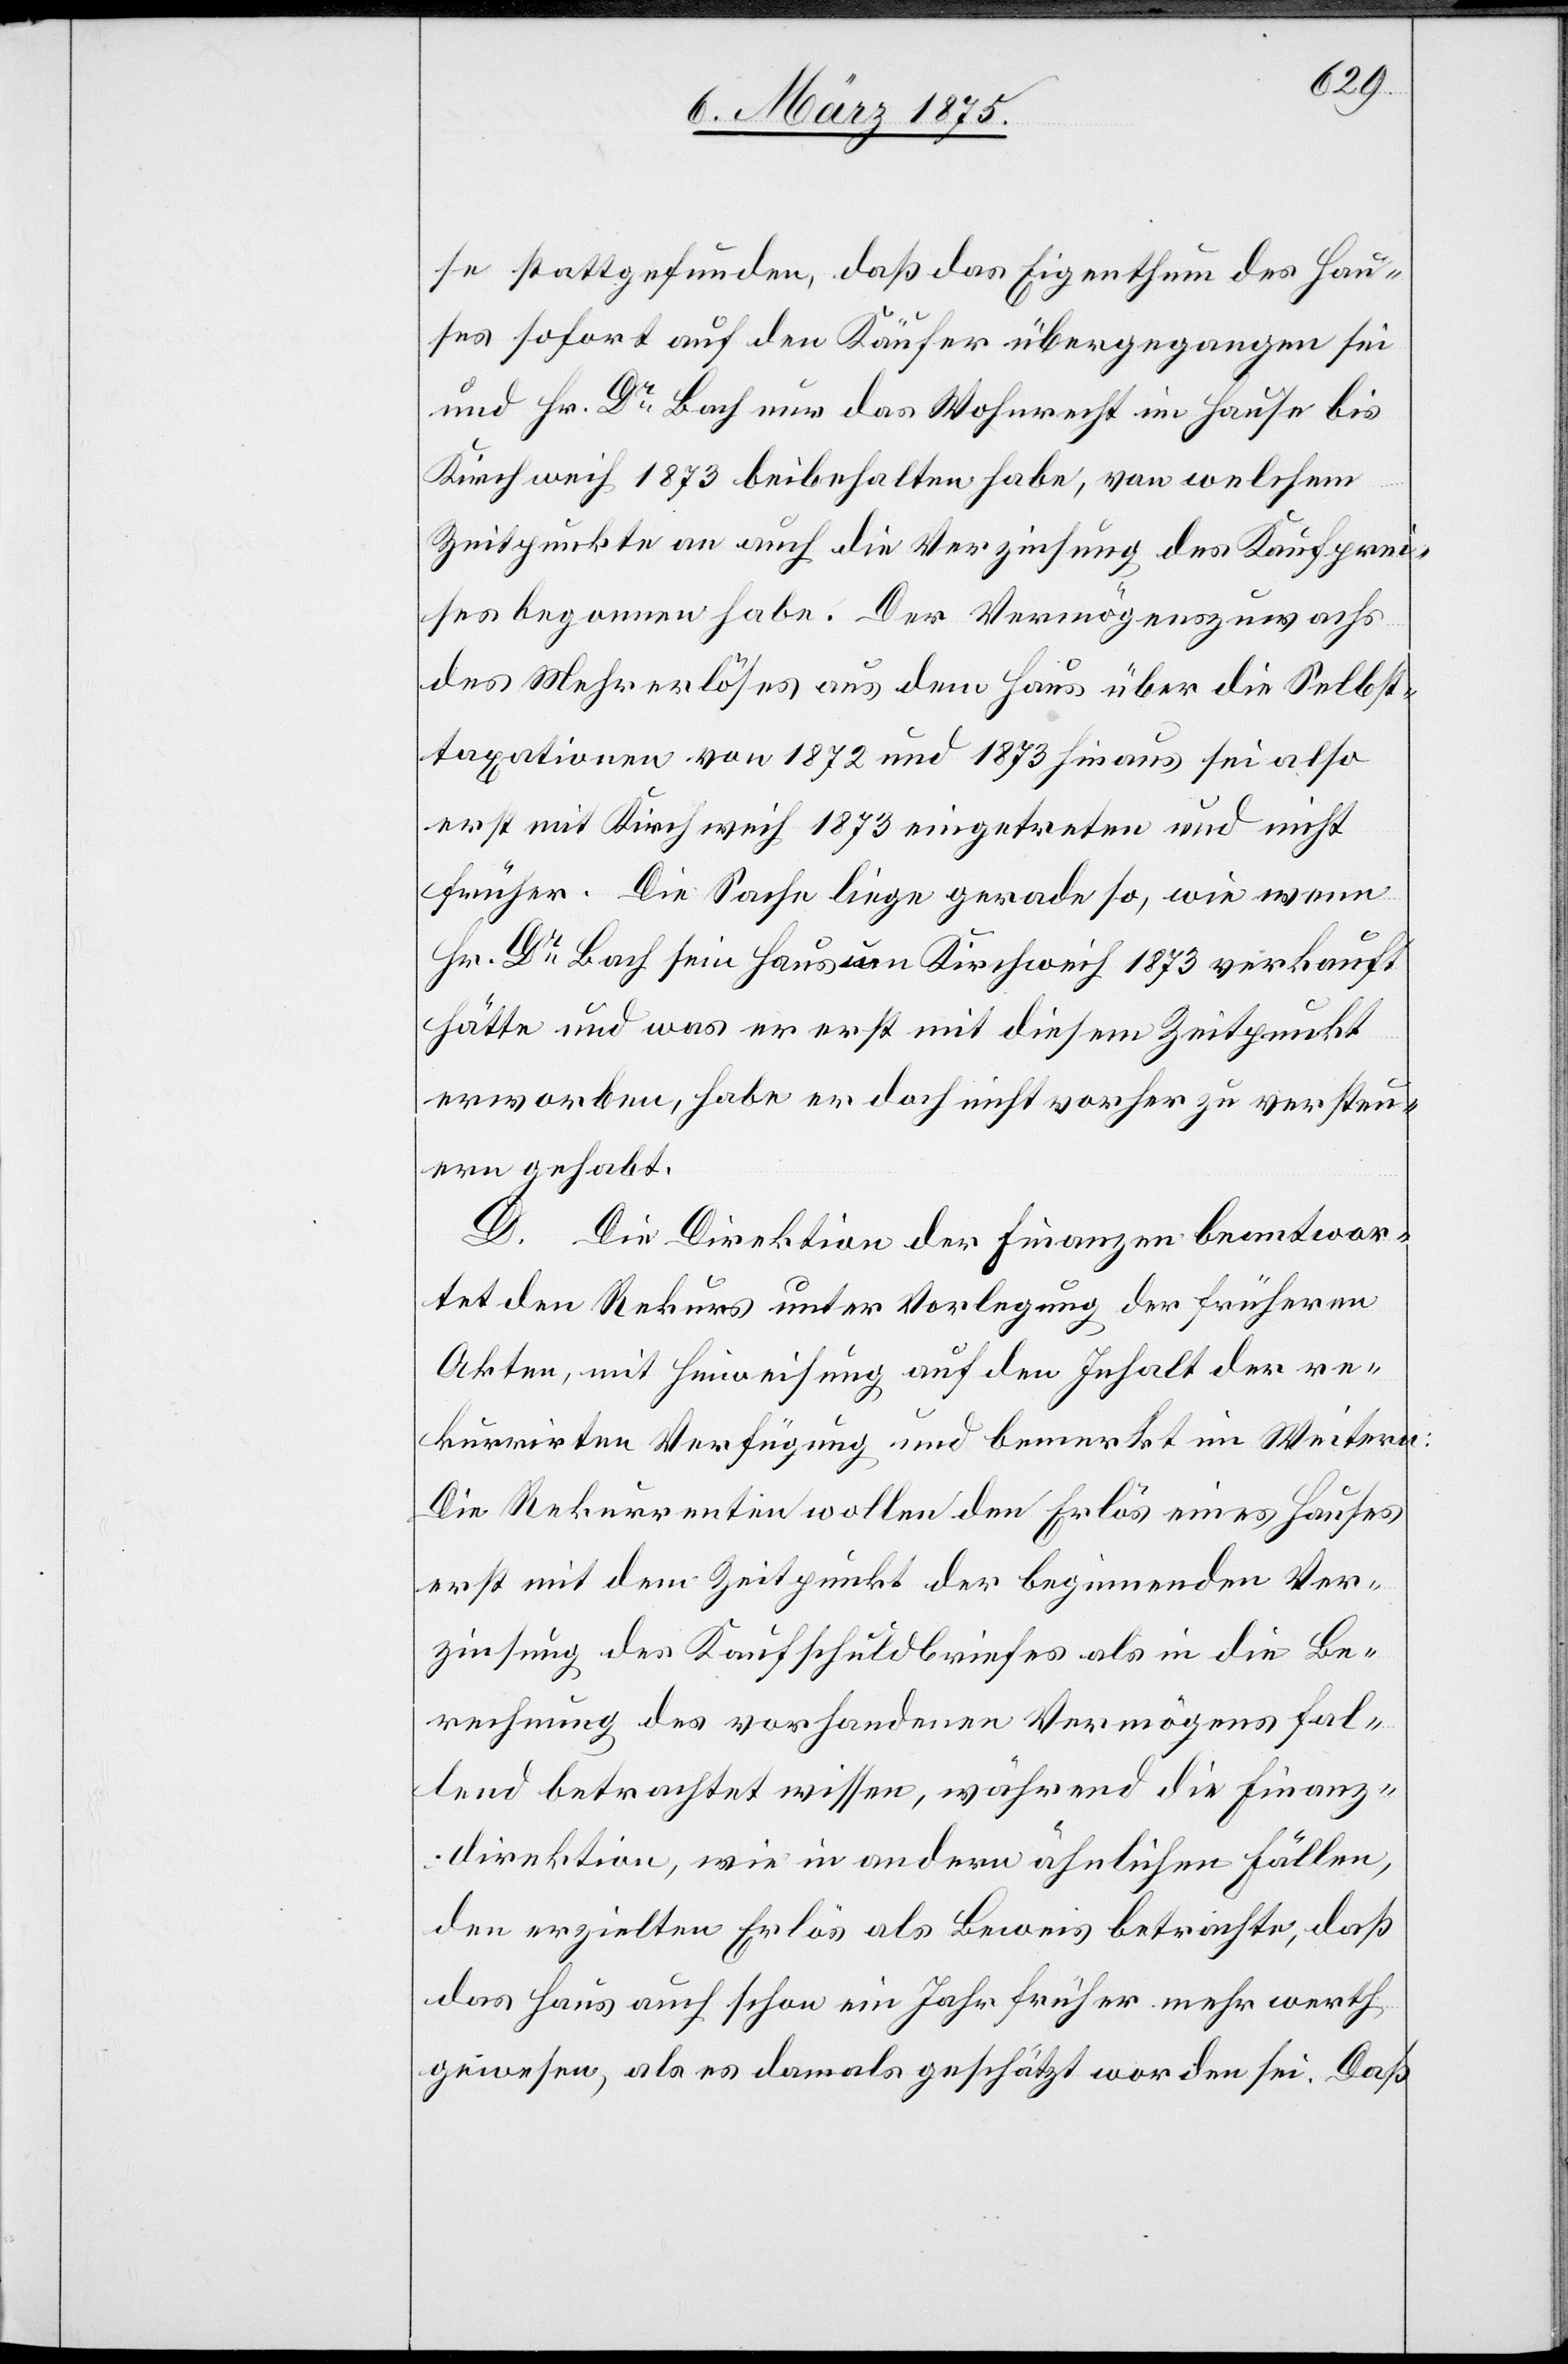
se stattgefunden, daß das Eigentum des Hau¬
ses sofort auf den Käufer übergegangen sei
und Hr. Dr Bach nur das Wohnrecht im Hause bis
Kirchweih 1873 beibehalten habe, von welchem
Zeitpunkte an auch die Verzinsung des Kaufprei¬
ses begonnen habe. Der Vermögenszuwachs
des Mehrerlöses aus dem Haus über die Selbst¬
taxationen von 1872 und 1873 hinaus sei also
erst mit Kirchweih 1873 eingetreten und nicht
früher. Die Sache liege gerade so, wie wenn
Hr. Dr Bach sein Haus um Kirchweih 1873 verkauft
hätte und was er erst mit diesem Zeitpunkt
erworben, habe er doch nicht vorher zu versteu¬
ern gehabt.
D. Die Direktion der Finanzen beantwor¬
tet den Rekurs unter Vorlegung der früheren
Akten, mit Hinweisung auf den Inhalt der re¬
kurrirten Verfügung und bemerkt im Weiteren:
Die Rekurrenten wollen den Erlös eines Hauses
erst mit dem Zeitpunkt der beginnenden Ver¬
zinsung des Kaufschuldbriefes als in die Be¬
rechnung des vorhandenen Vermögens fal¬
lend betrachtet wissen, während die Finanz¬
direktion, wie in anderen ähnlichen Fällen,
den erzielten Erlös als Beweis betrachte, daß
das Haus auch schon ein Jahr früher mehr werth
gewesen, als es damals geschätzt worden sei. Daß